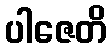
ပါဇေတိ